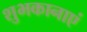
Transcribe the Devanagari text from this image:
शुभकानाएं